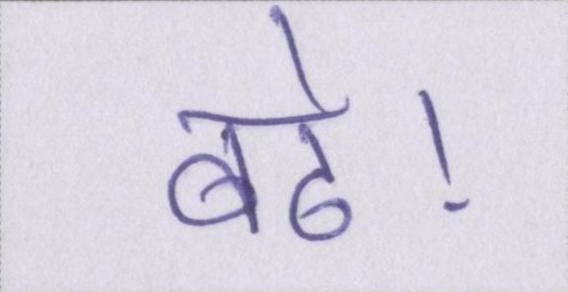
बढे।